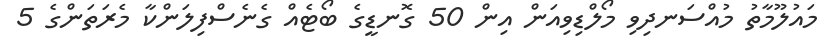
މައުލޫމާތު މުއްސަނދިވި މޯލްޑިވިއަން އިން 50 ގޮނޑީގެ ބޯޓެއް ގެނެސްފިލަންކާ މެރަތަންގެ 5